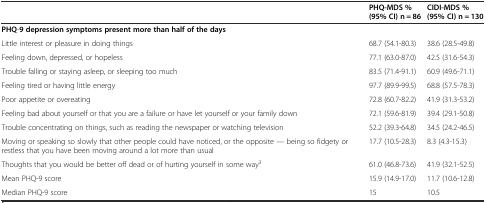
<table><thead><tr><td></td><td><b>PHQ-MDS % (95% CI) n = 86</b></td><td><b>CIDI-MDS % (95% CI) n = 130</b></td></tr></thead><tbody><tr><td><b>PHQ</b>-<b>9 depression symptoms present more than half of the days</b></td><td></td><td></td></tr><tr><td>Little interest or pleasure in doing things</td><td>68.7 (54.1-80.3)</td><td>38.6 (28.5-49.8)</td></tr><tr><td>Feeling down, depressed, or hopeless</td><td>77.1 (63.0-87.0)</td><td>42.5 (31.6-54.3)</td></tr><tr><td>Trouble falling or staying asleep, or sleeping too much</td><td>83.5 (71.4-91.1)</td><td>60.9 (49.6-71.1)</td></tr><tr><td>Feeling tired or having little energy</td><td>97.7 (89.9-99.5)</td><td>68.8 (57.5-78.3)</td></tr><tr><td>Poor appetite or overeating</td><td>72.8 (60.7-82.2)</td><td>41.9 (31.3-53.2)</td></tr><tr><td>Feeling bad about yourself or that you are a failure or have let yourself or your family down</td><td>72.1 (59.6-81.9)</td><td>39.4 (29.1-50.8)</td></tr><tr><td>Trouble concentrating on things, such as reading the newspaper or watching television</td><td>52.2 (39.3-64.8)</td><td>34.5 (24.2-46.5)</td></tr><tr><td>Moving or speaking so slowly that other people could have noticed, or the opposite — being so fidgety or restless that you have been moving around a lot more than usual</td><td>17.7 (10.5-28.3)</td><td>8.3 (4.3-15.3)</td></tr><tr><td>Thoughts that you would be better off dead or of hurting yourself in some way<sup>3</sup></td><td>61.0 (46.8-73.6)</td><td>41.9 (32.1-52.5)</td></tr><tr><td>Mean PHQ-9 score</td><td>15.9 (14.9-17.0)</td><td>11.7 (10.6-12.8)</td></tr><tr><td>Median PHQ-9 score</td><td>15</td><td>10.5</td></tr></tbody></table>